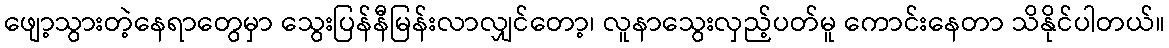
ဖျော့သွားတဲ့နေရာတွေမှာ သွေးပြန်နီမြန်းလာလျှင်တော့၊ လူနာသွေးလှည့်ပတ်မူ ကောင်းနေတာ သိနိုင်ပါတယ်။